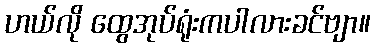
ဟယ်လို ထွေအုပ်ရုံးကပါလားခင်ဗျာ။